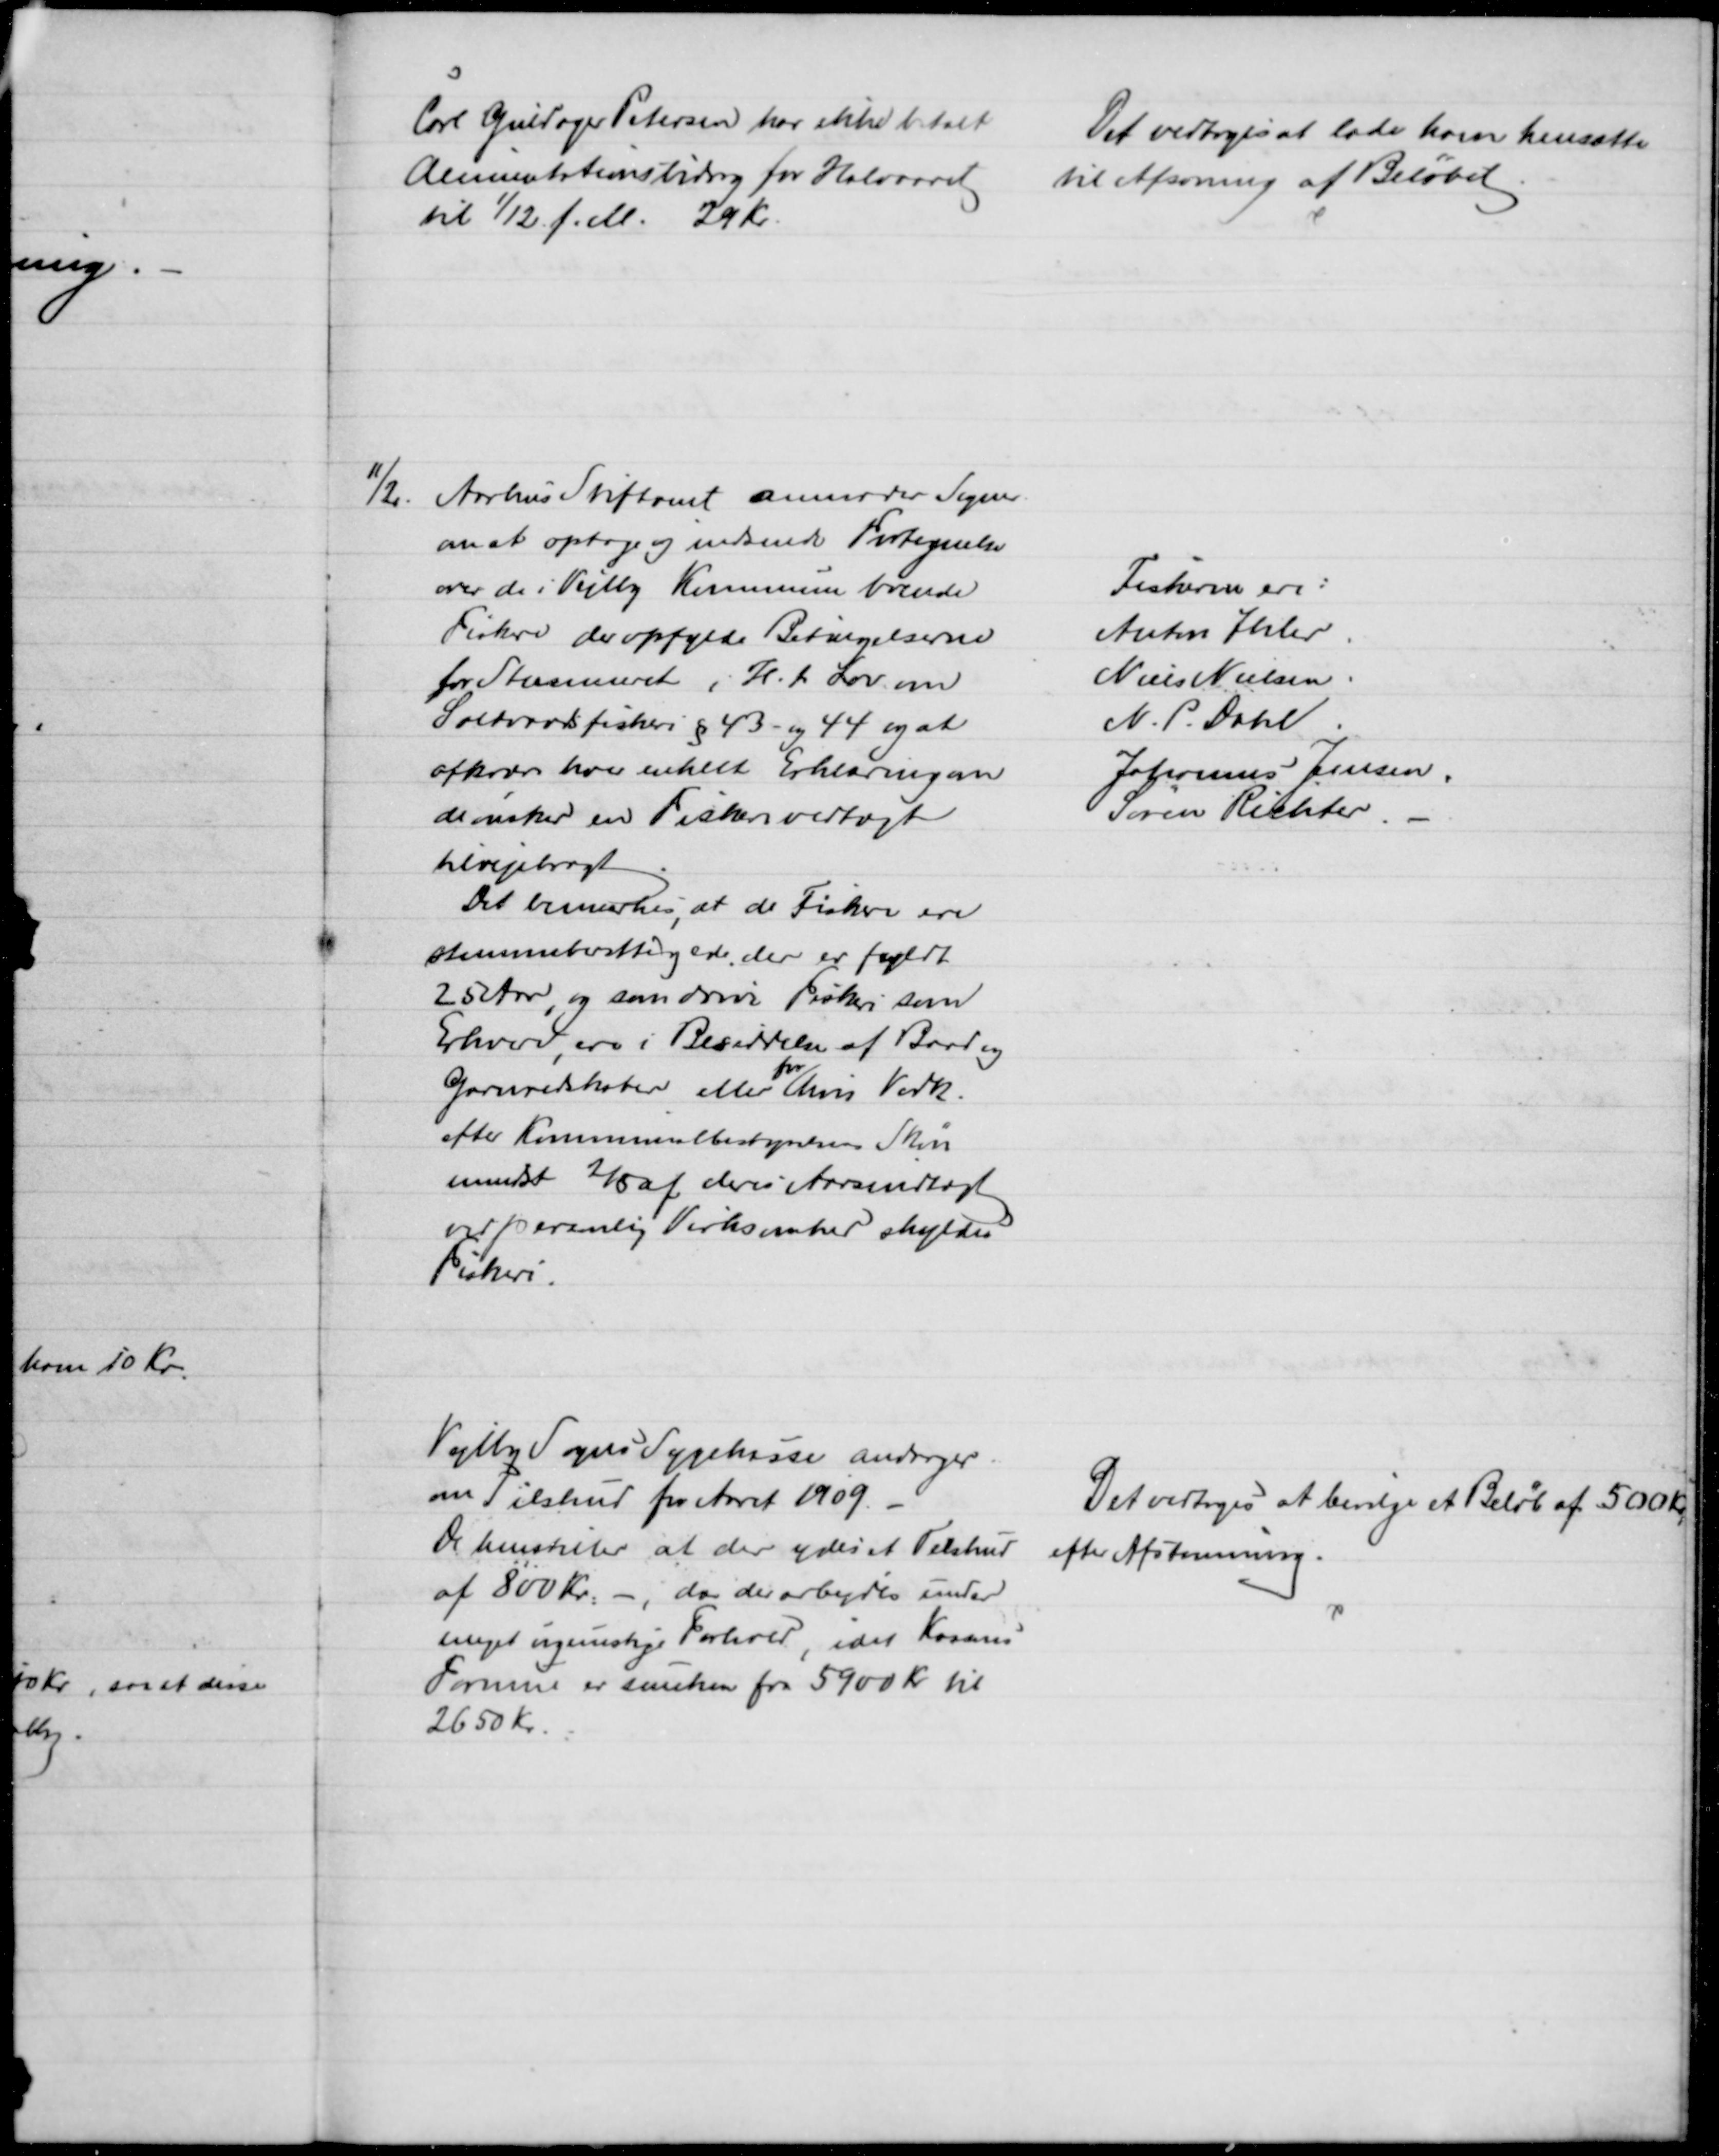
Transskription:
Carl Guldager Petersen har ikke betalt
Alimentationsbidrag for Halvaaret
til 1/12 f. M. 29 Kr.
Det vedtoges at lade ham hensætte
til Afsoning af Beløbet 
11/2.
Aarhus Stiftamt anmoder Sogner.
om at optage og indsende Fortegnelse
over de i Vejlby Kommune boende 
Fiskere der opfylde Betingelserne
for Stemmeret i H. t. Lov om
Saltvandsfiskeri § 43- og 44 og at
afkræve hver enkelt Erklæring om
de ønsker en Fiskerivedtægt
tilvejebragt
Det bemærkes, at de Fiskere ere
stemmeberettigede, der er fyldt
25 Aar, og som drive Fiskeri som
Erhverv, ere i Besiddelse af Baad og
Garnredskaber eller 
for
hvis Vedk.
efter Kommunalbestyrelsens Skøn
mindst 2/5 af deres Aarsindtægt
ved personlig Virksomhed skyldes
Fiskeri.
Fiskere ere:
Anton Ihler.
Niels Nielsen.
N. P. Dahl
Johannes Jensen.
Søren Richter.
Vejlby Sogns Sygekasse andrager
om Tilskud for Aaret 1909.
De henstiller at der ydes et Tilskud
af 800 Kr. - da der arbejdes under
meget ugunstige Forhold, idet Kassens
Formue er sunken fra 5900 Kr til
2650 Kr.
Det vedtoges at bevilge et Beløb af 500 Kr.
efter Afstemning.